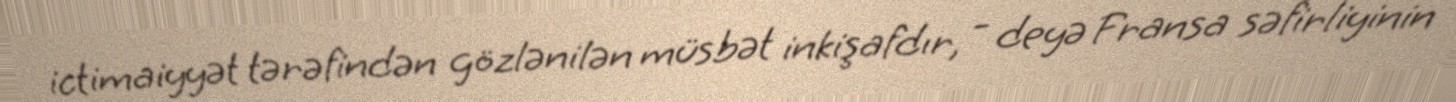
ictimaiyyət tərəfindən gözlənilən müsbət inkişafdır, - deyə Fransa səfirliyinin